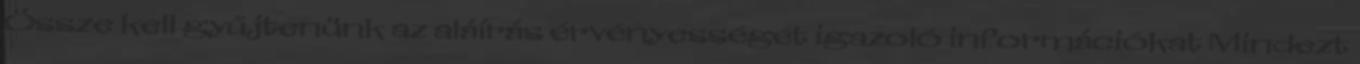
Össze kell gyűjtenünk az aláírás érvényességét igazoló információkat Mindezt